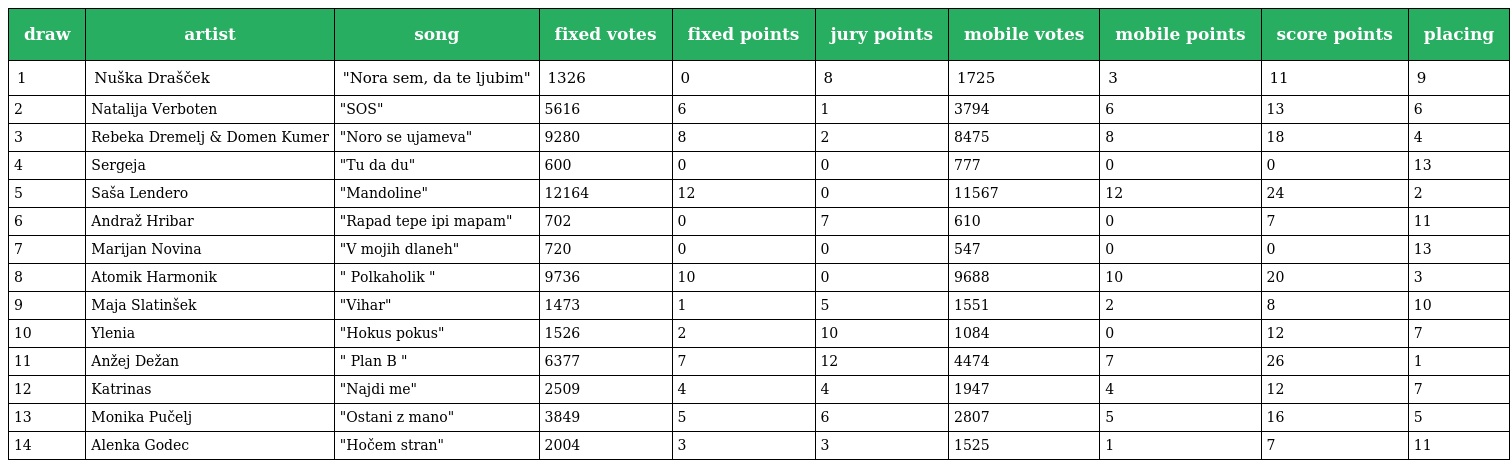
| draw | artist | song | fixed votes | fixed points | jury points | mobile votes | mobile points | score points | placing |
 | --- | --- | --- | --- | --- | --- | --- | --- | --- | --- |
 | 1 | Nuška Drašček | "Nora sem, da te ljubim" | 1326 | 0 | 8 | 1725 | 3 | 11 | 9 |
 | 2 | Natalija Verboten | "SOS" | 5616 | 6 | 1 | 3794 | 6 | 13 | 6 |
 | 3 | Rebeka Dremelj & Domen Kumer | "Noro se ujameva" | 9280 | 8 | 2 | 8475 | 8 | 18 | 4 |
 | 4 | Sergeja | "Tu da du" | 600 | 0 | 0 | 777 | 0 | 0 | 13 |
 | 5 | Saša Lendero | "Mandoline" | 12164 | 12 | 0 | 11567 | 12 | 24 | 2 |
 | 6 | Andraž Hribar | "Rapad tepe ipi mapam" | 702 | 0 | 7 | 610 | 0 | 7 | 11 |
 | 7 | Marijan Novina | "V mojih dlaneh" | 720 | 0 | 0 | 547 | 0 | 0 | 13 |
 | 8 | Atomik Harmonik | " Polkaholik " | 9736 | 10 | 0 | 9688 | 10 | 20 | 3 |
 | 9 | Maja Slatinšek | "Vihar" | 1473 | 1 | 5 | 1551 | 2 | 8 | 10 |
 | 10 | Ylenia | "Hokus pokus" | 1526 | 2 | 10 | 1084 | 0 | 12 | 7 |
 | 11 | Anžej Dežan | " Plan B " | 6377 | 7 | 12 | 4474 | 7 | 26 | 1 |
 | 12 | Katrinas | "Najdi me" | 2509 | 4 | 4 | 1947 | 4 | 12 | 7 |
 | 13 | Monika Pučelj | "Ostani z mano" | 3849 | 5 | 6 | 2807 | 5 | 16 | 5 |
 | 14 | Alenka Godec | "Hočem stran" | 2004 | 3 | 3 | 1525 | 1 | 7 | 11 |